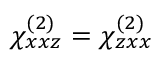
\chi _ { x x z } ^ { ( 2 ) } = \chi _ { z x x } ^ { ( 2 ) }